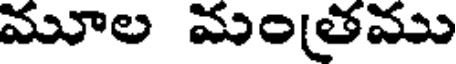
మూల మంతము